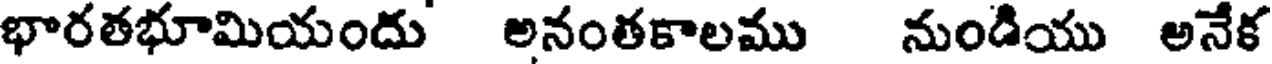
భారతభూమియందు అనంతకాలము నుండియు అనేక